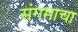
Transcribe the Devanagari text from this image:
संगमाचा